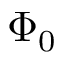
\Phi _ { 0 }